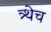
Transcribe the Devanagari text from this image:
त्र्थेच